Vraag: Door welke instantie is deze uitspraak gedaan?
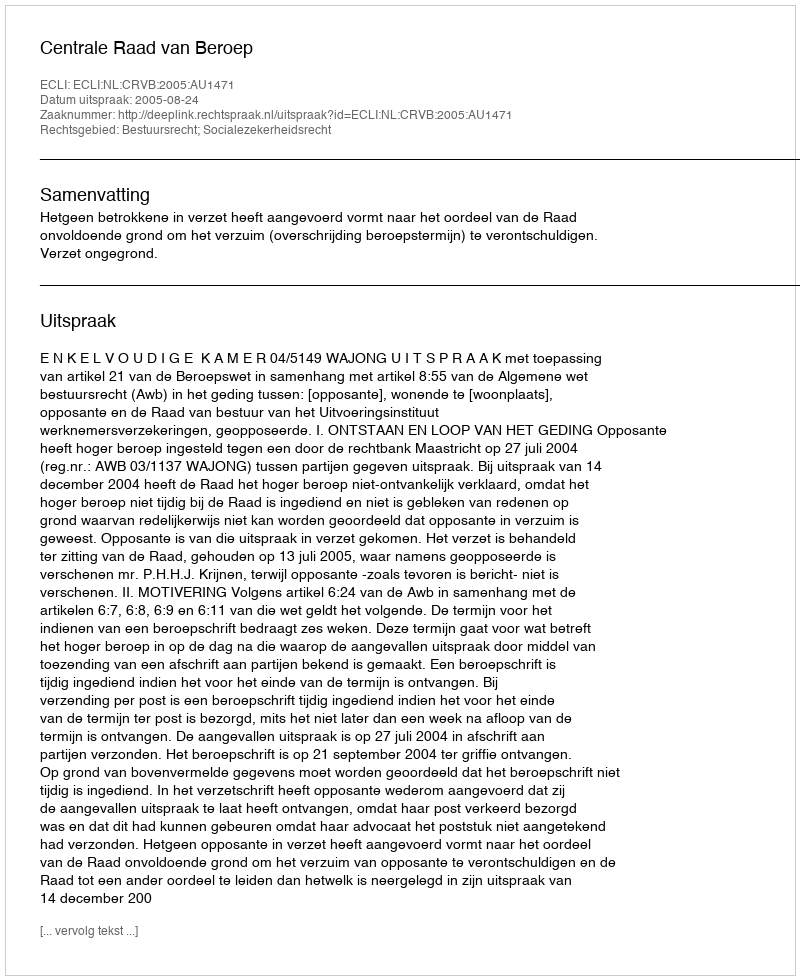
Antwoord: Centrale Raad van Beroep